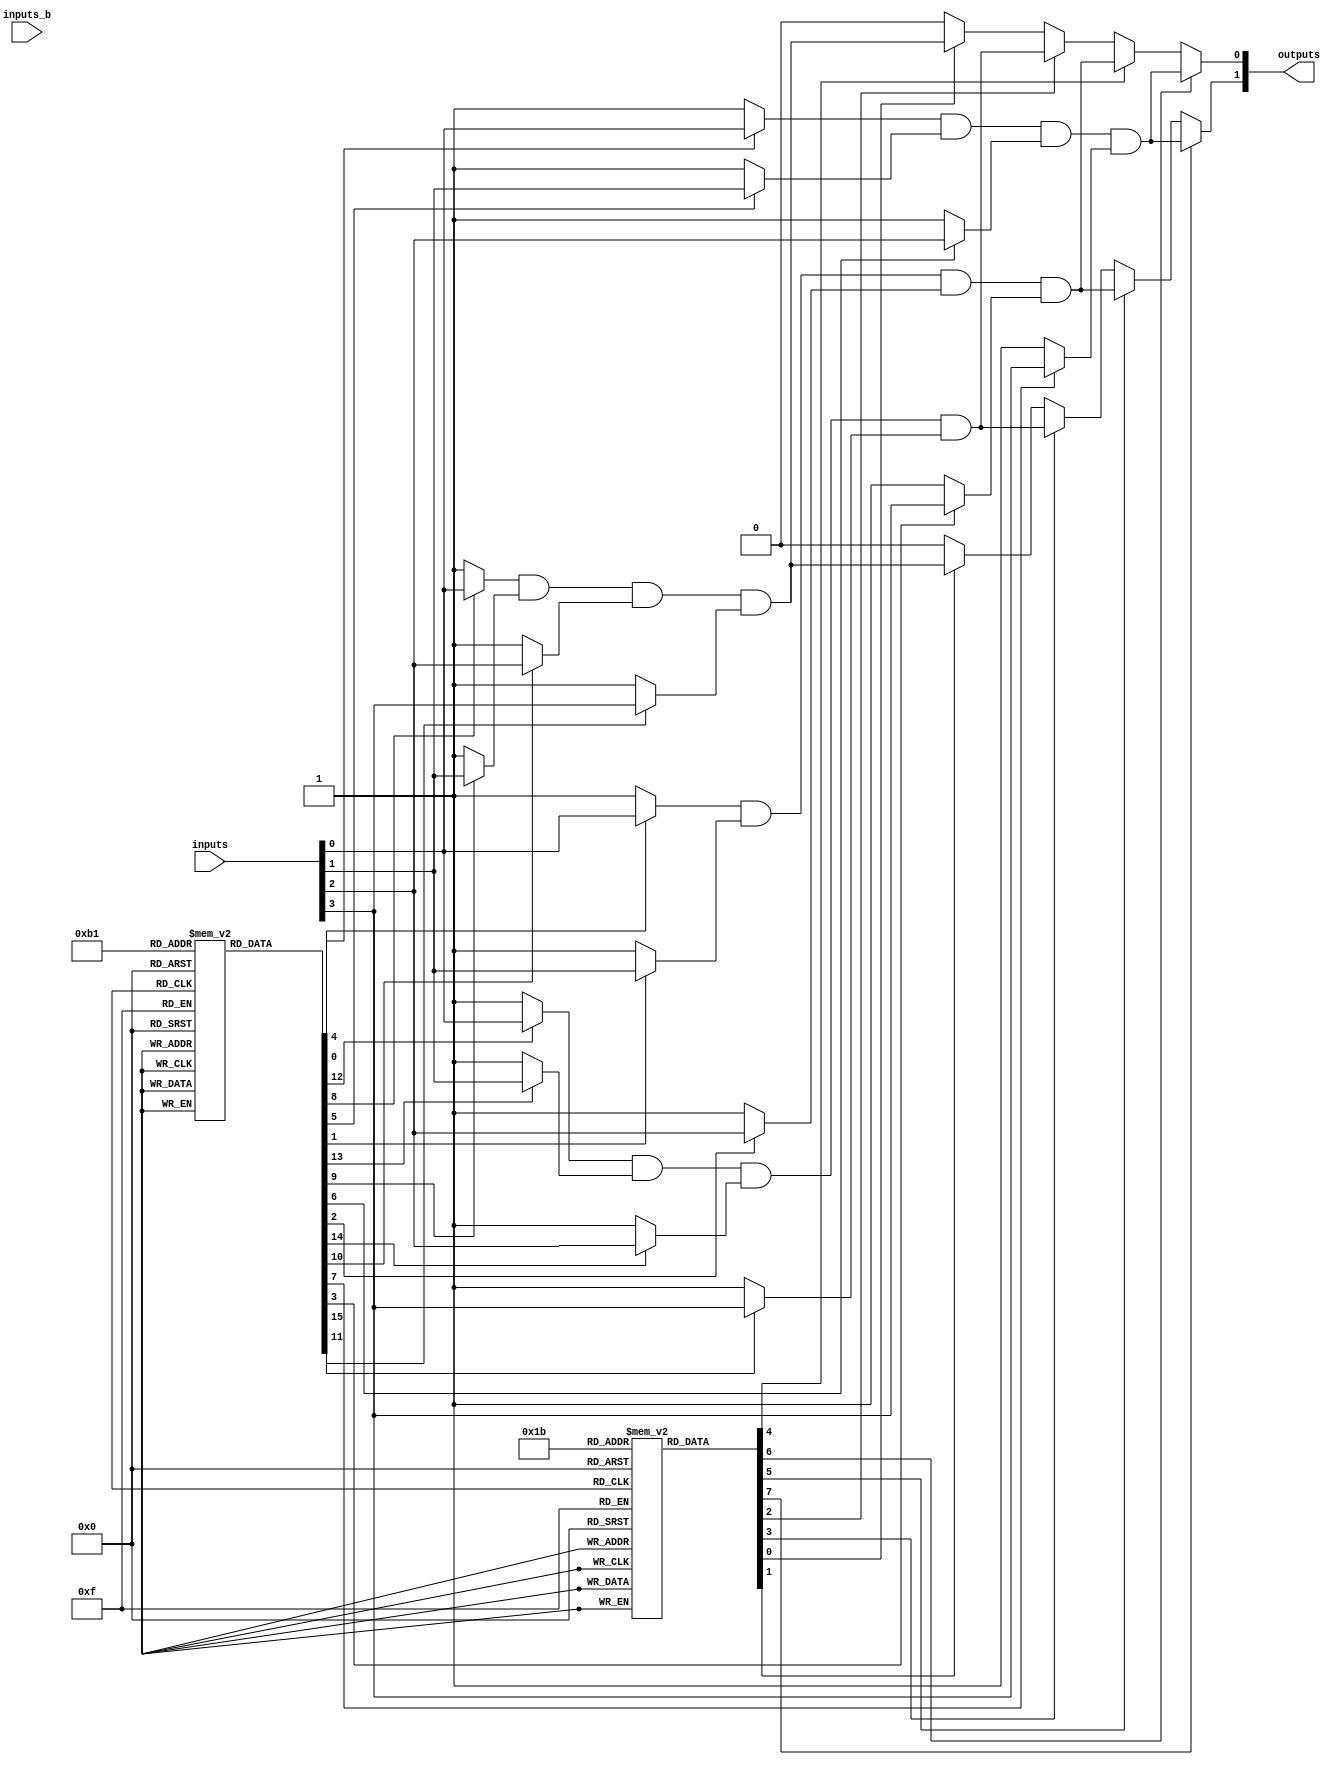
module fuse_based_PLA (
    input wire [N-1:0] inputs,  // Input stage: N input lines
    input wire [N-1:0] inputs_b, // Complement inputs
    output wire [M-1:0] outputs  // Output stage: M output lines
);

// Parameters
parameter N = 4; // Number of inputs
parameter M = 2; // Number of outputs
parameter P = 4; // Number of product terms (AND gates)

// Programmable connections for AND plane (fuses)
reg [P-1:0] and_fuses [0:N-1]; // Fuse connections for each AND gate

// Output connections from AND gates to OR plane
wire [P-1:0] and_output; // Outputs of AND gates

// AND plane logic
generate
    genvar i;
    for (i = 0; i < P; i = i + 1) begin: and_gates
        wire and_term;
        assign and_term = (and_fuses[i][0] ? inputs[0] : 1'b1) &
                          (and_fuses[i][1] ? inputs[1] : 1'b1) &
                          (and_fuses[i][2] ? inputs[2] : 1'b1) &
                          (and_fuses[i][3] ? inputs[3] : 1'b1);
        assign and_output[i] = and_term;
    end
endgenerate

// Programmable connections for OR plane (fuses)
reg [M-1:0] or_fuses[P-1:0]; // Fuse connections for each output

// OR plane logic
generate
    genvar j;
    for (j = 0; j < M; j = j + 1) begin: or_gates
        wire or_term;
        assign or_term = or_fuses[0][j] ? and_output[0] : 1'b0 |
                         or_fuses[1][j] ? and_output[1] : 1'b0 |
                         or_fuses[2][j] ? and_output[2] : 1'b0 |
                         or_fuses[3][j] ? and_output[3] : 1'b0;
        assign outputs[j] = or_term;
    end
endgenerate

// Initial block to program the fuses for demonstration
initial begin
    // Example programming of fuses
    // AND plane connections (example for 4 AND gates)
    and_fuses[0] = 4'b1111; // Connects all inputs to AND gate 0
    and_fuses[1] = 4'b0111; // Connects inputs 1, 2, 3 to AND gate 1
    and_fuses[2] = 4'b0011; // Connects inputs 2, 3 to AND gate 2
    and_fuses[3] = 4'b0001; // Connects input 3 to AND gate 3
    
    // OR plane connections (example for 2 outputs)
    or_fuses[0] = 2'b11; // Connects AND gates 0 and 1 to output 0
    or_fuses[1] = 2'b01; // Connects AND gate 2 to output 1
end

endmodule